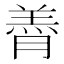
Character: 𮌭